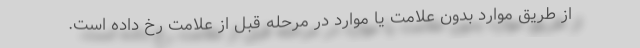
از طریق موارد بدون علامت یا موارد در مرحله‌ قبل از علامت رخ داده است.